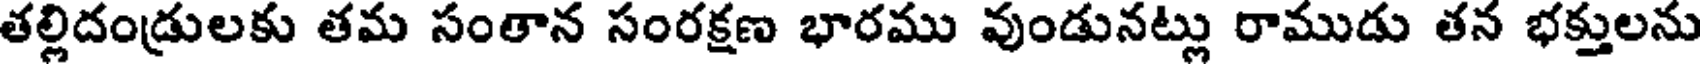
తల్లిదండ్రులకు తమ సంతాన సంరక్షణ భారము వుండునట్లు రాముడు తన భక్తులను